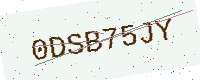
Text: 0DSB75JY